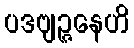
ပဒဗျဉ္ဇနေဟိ